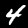
Label: 4